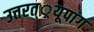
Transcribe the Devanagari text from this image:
उत्तरत््रयूपांग